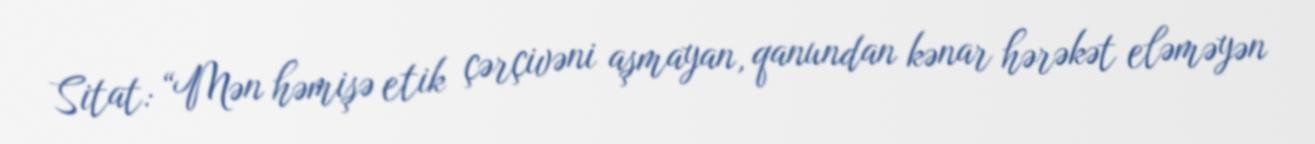
Sitat: “Mən həmişə etik çərçivəni aşmayan, qanundan kənar hərəkət eləməyən